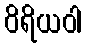
ဝိရိယဝါ